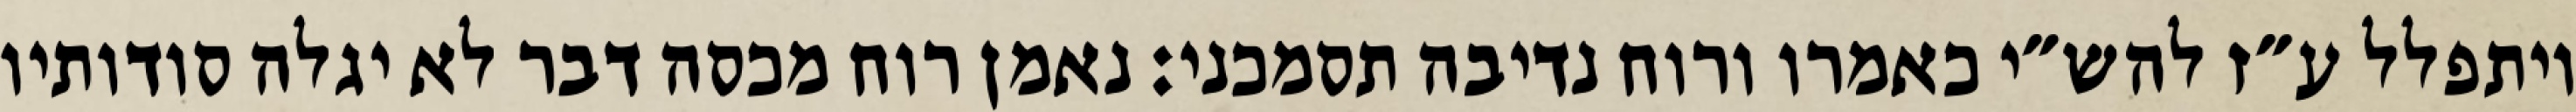
ויתפלל ע״ז להש״י כאמרו ורוח נדיבה תסמכני: נאמן רוח מכסה דבר לא יגלה סודותיו